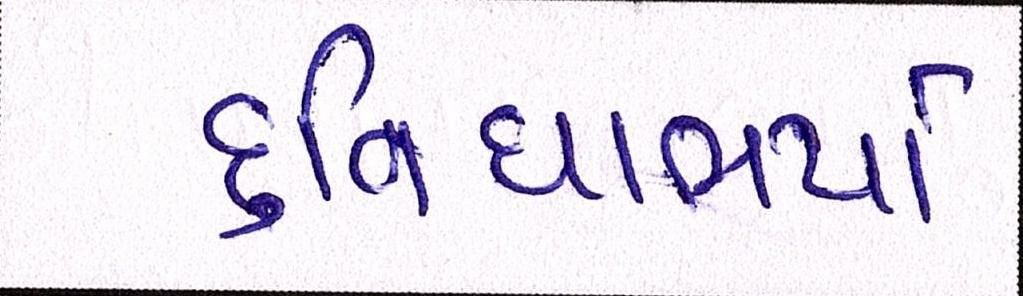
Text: દુવિધાભર્યા